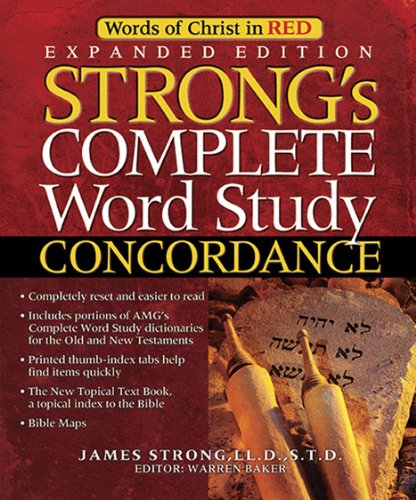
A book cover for Strong's Complete Word Study Concordance: KJV Edition (Word Study Series); James Strong; Christian Books & Bibles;